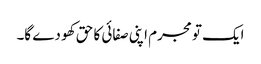
ایک تو مجرم اپنی صفائی کا حق کھو دے گا۔